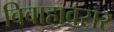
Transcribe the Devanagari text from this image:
विवाहावसर